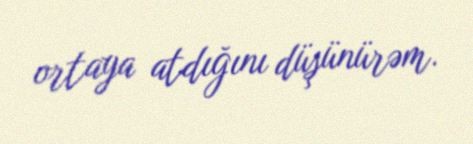
ortaya atdığını düşünürəm.